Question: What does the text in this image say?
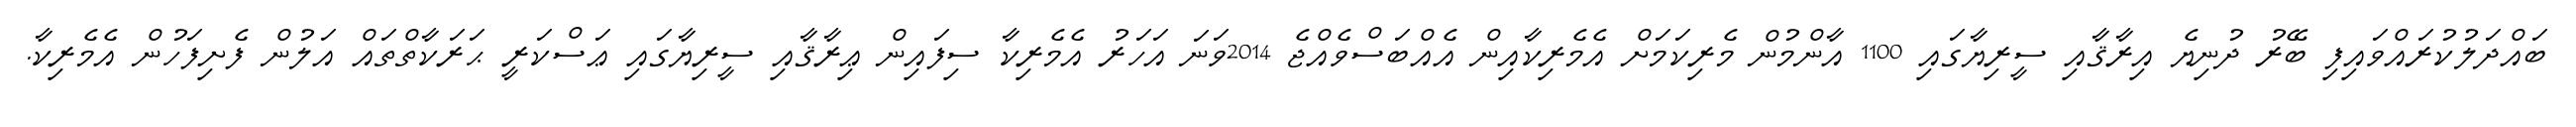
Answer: ބައްދަލުކުރައްވައިފި ބޭރު ދުނިޔެ އިރާޤާއި ސީރިޔާގައި 1100 އާންމުން މެރިކަމަށް އެމެރިކާއިން އެއްބަސްވެއްޖެ 2014ވަނަ އަހަރު އެމެރިކާ ސިފައިން ޢިރާޤާއި ސީރިޔާގައި ޢަސްކަރީ ޙަރަކާތްތައް އަލުން ފެށިފަހުން އެމެރިކާ.